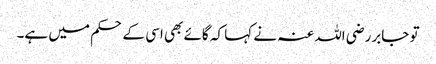
تو جابررضی اللہ عنہ نے کہا کہ گائے بھی اسی کے حکم میں ہے۔